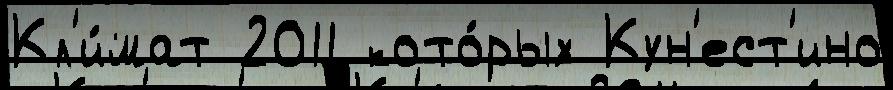
Кл'и́мат 2011 кото́рых Кун'ест'ино